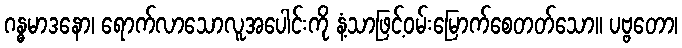
ဂန္ဓမာဒနော၊ ရောက်လာသောလူအပေါင်းကို နံ့သာဖြင့်ဝမ်းမြောက်စေတတ်သော။ ပဗ္ဗတော၊